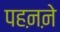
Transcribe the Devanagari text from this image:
पहऩऩे